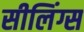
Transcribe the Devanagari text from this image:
सीलिंग्स